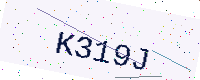
Text: K319J